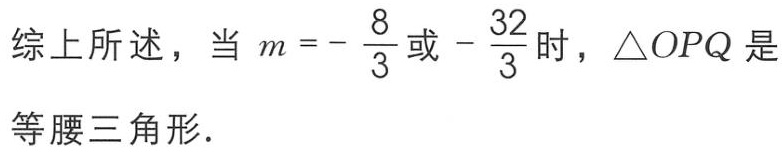
综上所述，当 \(m = -\frac{8}{3}\)或\(-\frac{32}{3}\)时，\(\triangle OPQ\)是等腰三角形.